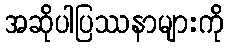
အဆိုပါပြဿနာများကို